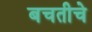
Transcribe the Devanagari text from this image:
बचतीचे